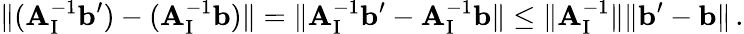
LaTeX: \| (\mathbf{A}_{\mathrm{I}}^{-1}\mathbf{b}^{\prime})-(\mathbf{A}_{\mathrm{I}}^{-1}\mathbf{b})\| =\| \mathbf{A}_{\mathrm{I}}^{-1}\mathbf{b}^{\prime}-\mathbf{A}_{\mathrm{I}}^{-1}\mathbf{b}\| \leq\| \mathbf{A}_{\mathrm{I}}^{-1}\| \| \mathbf{b}^{\prime}-\mathbf{b}\| \, .